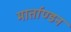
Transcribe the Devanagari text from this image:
मार्ताण्डन